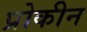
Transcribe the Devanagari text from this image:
प्रोकीन